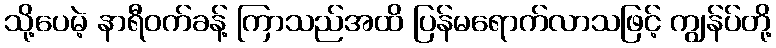
သို့ပေမဲ့ နာရီဝက်ခန့် ကြာသည်အထိ ပြန်မရောက်လာသဖြင့် ကျွန်ပ်တို့